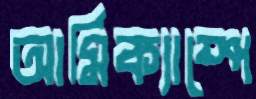
আর্মিক্যাম্পে